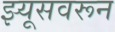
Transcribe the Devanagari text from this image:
झ्यूसवरून